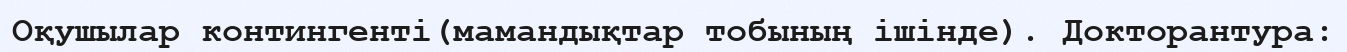
Оқушылар контингенті(мамандықтар тобының ішінде). Докторантура: